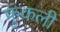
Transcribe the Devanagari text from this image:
फुंकली